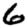
Digit: 6